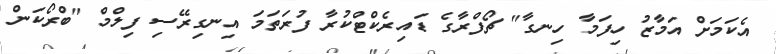
އެކަމަށް އަމާޒު ހިފަމާ ހިނގާ" ޗޯފްރާގެ ޑައިރެކްޓްކުރާ ފުރަތަމަ އިނގިރޭސި ފިލްމް "ބްރޯކަން